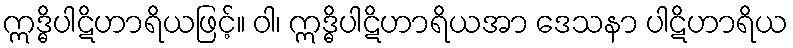
ဣဒ္ဓိပါဋိဟာရိယဖြင့်။ ဝါ၊ ဣဒ္ဓိပါဋိဟာရိယအာ ဒေသနာ ပါဋိဟာရိယ